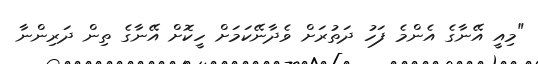
"މިއީ އޭނާގެ އެންމެ ފަހު ދަތުރަށް ވެދާނޭކަމަށް ހީކޮށް އޭނާގެ ތިން ދަރިންނާ